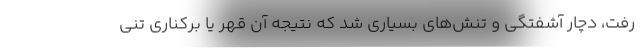
رفت، دچار آشفتگی و تنش‌های بسیاری شد که نتیجه آن قهر یا برکناری تنی